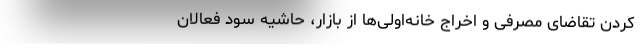
کردن تقاضای مصرفی و اخراج خانه‌اولی‌ها از بازار، حاشیه سود فعالان